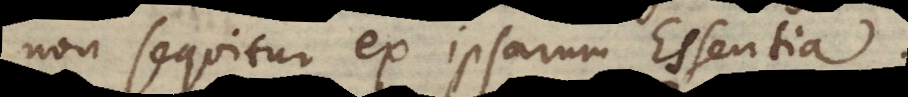
non sequitur ex ipsarum Essentia.